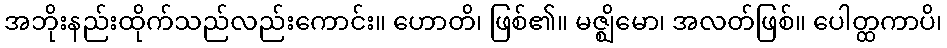
အဘိုးနည်းထိုက်သည်လည်းကောင်း။ ဟောတိ၊ ဖြစ်၏။ မဇ္ဈိမော၊ အလတ်ဖြစ်။ ပေါတ္ထကာပိ၊